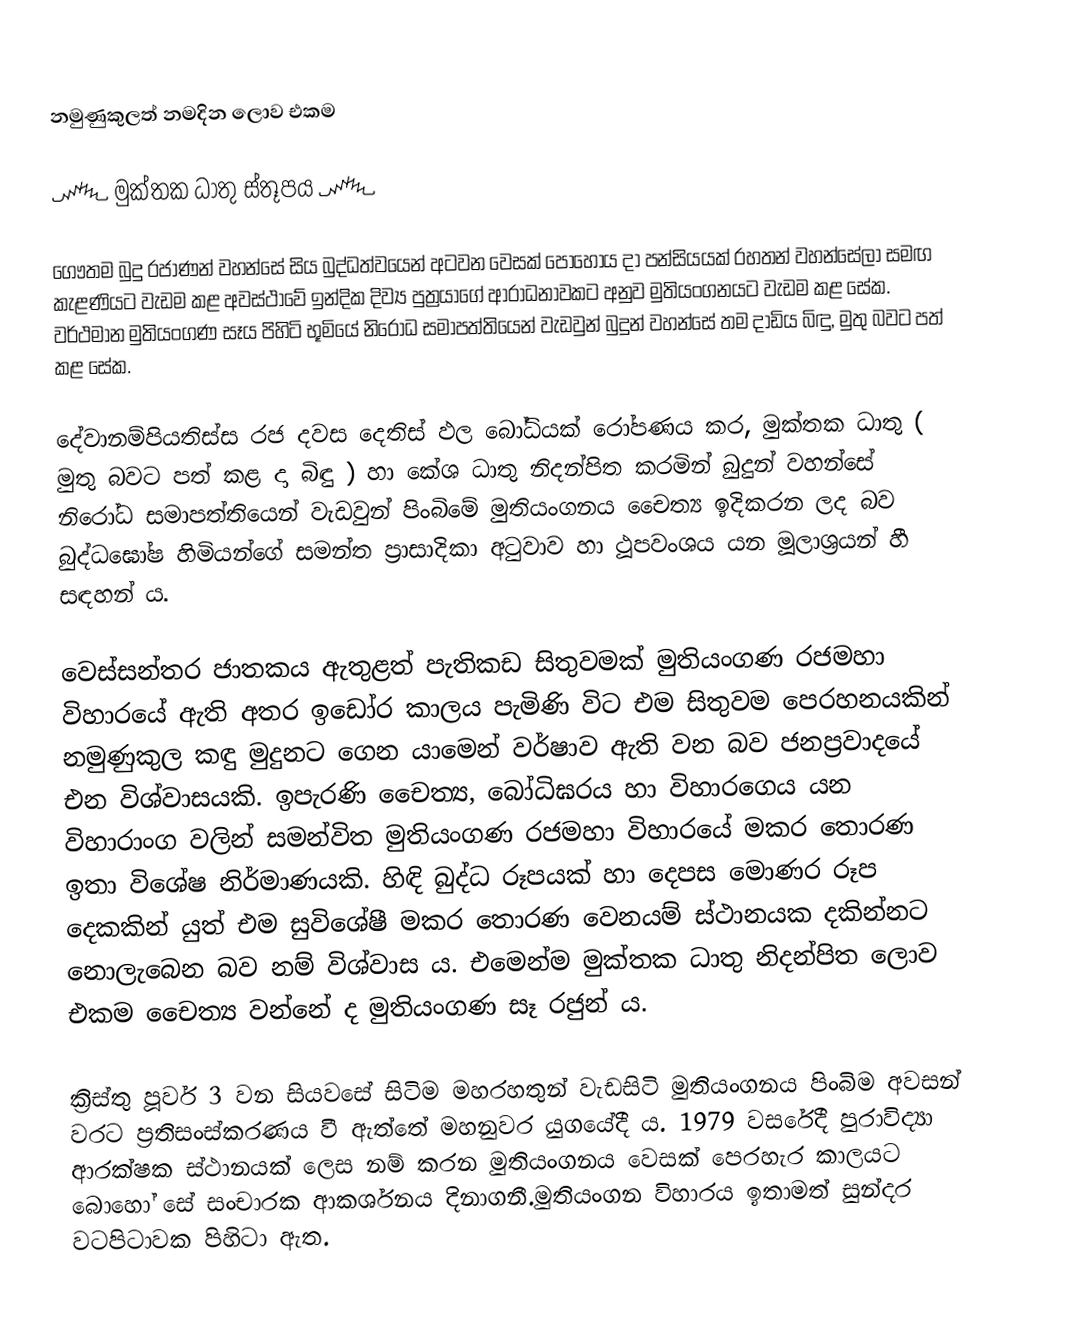
නමුණුකුලත් නමදින ලොව එකම

      ෴ මුක්තක ධාතු ස්තූපය ෴

   ගෞතම බුදු රජාණන් වහන්සේ සිය බුද්ධත්වයෙන් අටවන වෙසක් පොහොය දා පන්සියයක් රහතන් වහන්සේලා සමඟ කැළණියට වැඩම කළ අවස්ථාවේ ඉන්දික දිව්‍ය පුත්‍රයාගේ ආරාධනාවකට අනුව මුතියංගනයට වැඩම කළ සේක. වර්ථමාන මුතියංගණ සෑය පිහිටි භූමියේ නිරෝධ සමාපත්තියෙන් වැඩවුන් බුදුන් වහන්සේ තම දාඩිය බිඳු, මුතු බවට පත් කළ සේක.

   දේවානම්පියතිස්ස රජ දවස දෙතිස් ඵල බෝධියක් රෝපණය කර, මුක්තක ධාතු ( මුතු බවට පත් කළ දා බිඳු ) හා කේශ ධාතු නිදන්පිත කරමින් බුදුන් වහන්සේ නිරෝධ සමාපත්තියෙන් වැඩවුන් පිංබිමේ මුතියංගනය චෛත්‍ය ඉදිකරන ලද බව බුද්ධඝෝෂ හිමියන්ගේ සමන්ත ප්‍රාසාදිකා අටුවාව හා ථූපවංශය යන මූලාශ්‍රයන් හී සඳහන් ය.

   වෙස්සන්තර ජාතකය ඇතුළත් පැතිකඩ සිතුවමක් මුතියංගණ රජමහා විහාරයේ ඇති අතර ඉඩෝර කාලය පැමිණි විට එම සිතුවම පෙරහනයකින් නමුණුකුල කඳු මුදුනට ගෙන යාමෙන් වර්ෂාව ඇති වන බව ජනප්‍රවාදයේ එන විශ්වාසයකි. ඉපැරණි චෛත්‍ය, බෝධිඝරය හා විහාරගෙය යන විහාරාංග වලින් සමන්විත මුතියංගණ රජමහා විහාරයේ මකර තොරණ ඉතා විශේෂ නිර්මාණයකි. හිඳි බුද්ධ රූපයක් හා දෙපස මොණර රූප දෙකකින් යුත් එම සුවිශේෂී මකර තොරණ වෙනයම් ස්ථානයක දකින්නට නොලැබෙන බව නම් විශ්වාස ය. එමෙන්ම මුක්තක ධාතු නිදන්පිත ලොව එකම චෛත්‍ය වන්නේ ද මුතියංගණ සෑ රජුන් ය.

   ක්‍රිස්තු පූර්ව 3 වන සියවසේ සිටිම මහරහතුන් වැඩසිටි මුතියංගනය පිංබිම අවසන් වරට ප්‍රතිසංස්කරණය වී ඇත්තේ මහනුවර යුගයේදී ය. 1979 වසරේදී පුරාවිද්‍යා ආරක්ෂක ස්ථානයක් ලෙස නම් කරන මුතියංගනය වෙසක් පෙරහැර කාලයට බොහෝ සේ සංචාරක ආකර්ශනය දිනාගනී.මුතියංගන විහාරය ඉතාමත් සුන්දර වටපිටාවක පිහිටා ඇත.